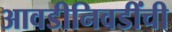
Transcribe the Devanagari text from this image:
आवडीनिवडींची